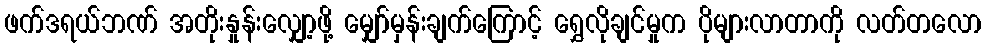
ဖက်ဒရယ်ဘဏ် အတိုးနှုန်းလျှော့ဖို့ မျှော်မှန်းချက်ကြောင့် ရွှေလိုချင်မှုက ပိုများလာတာကို လတ်တလော